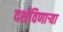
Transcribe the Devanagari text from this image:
दर्शविणार्‍या